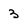
Character: 3